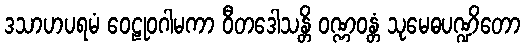
ဒသာဟပရမံ ဝေဠုဝဂါမကာ ဝီတဒေါသန္တိ ဝဏ္ဏဝန္တံ သုမေဓပဏ္ဍိတော